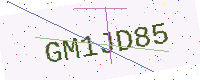
Text: GM1JD85